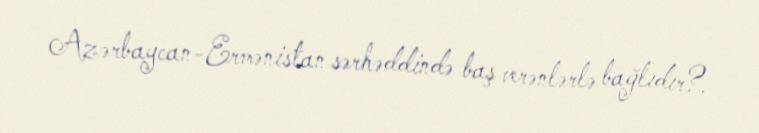
Azərbaycan-Ermənistan sərhəddində baş verənlərlə bağlıdır?.